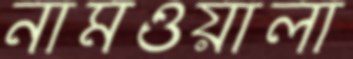
নামওয়ালা